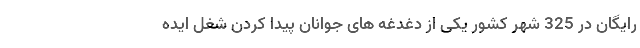
رایگان در 325 شهر کشور یکی از دغدغه های جوانان پیدا کردن شغل ایده